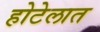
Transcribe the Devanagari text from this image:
होटेलात